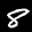
Label: 8